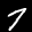
Label: 7